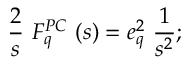
{ \frac { 2 } { s } } \ F _ { q } ^ { P C } \ ( s ) = e _ { q } ^ { 2 } \ { \frac { 1 } { s ^ { 2 } } } ;